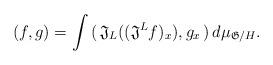
LaTeX: \begin{align*}(f, g) = \int \, (\, \mathfrak{J}_L ((\mathfrak{J}^L f)_x ), g_x \,) \, d\mu_{\mathfrak{G}/H}. \end{align*}